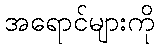
အရောင်များကို